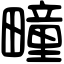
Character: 疃